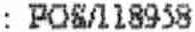
: POS/118958